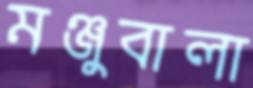
মঞ্জুবালা